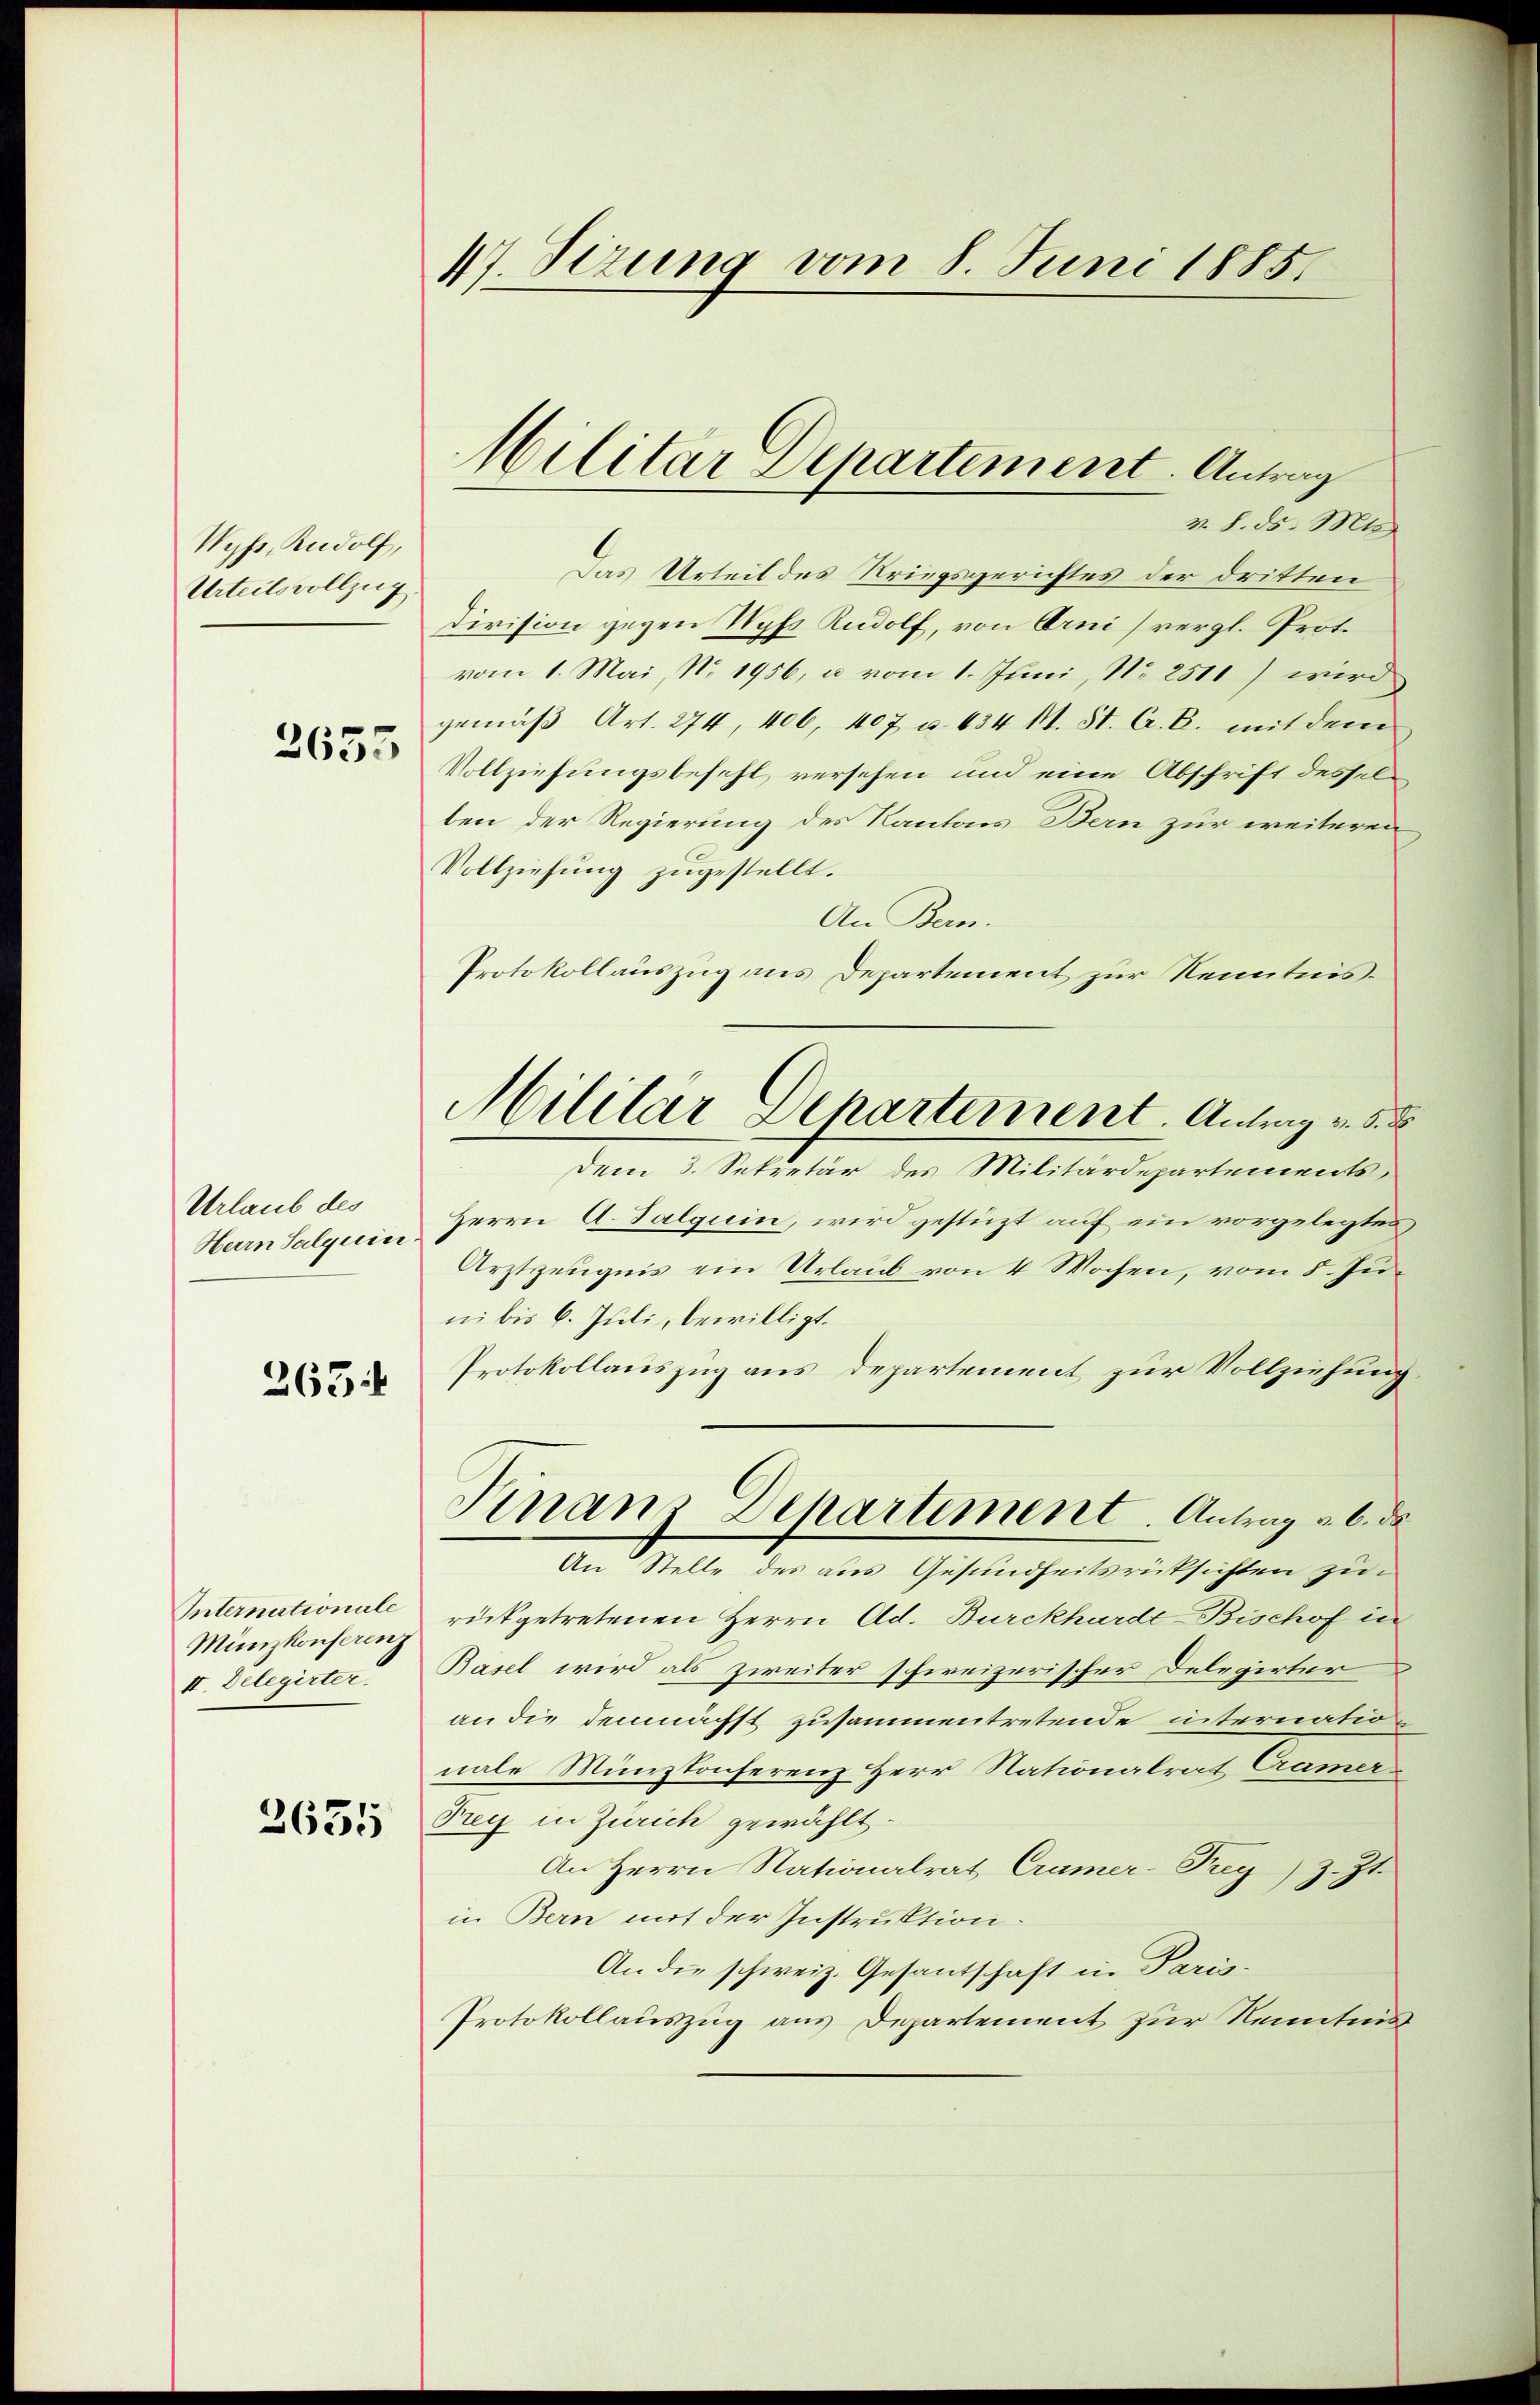
Myp, Rudolf,
Urteilsvollzug

3655

Urlaub des
Herrn Salquin

263 f

Internationale
Münzkonferenz
II. Delegirter.

3635

47. Sezung vom 8. Juni 1885

v. 8. ds. Mts.
Das Urteil des Kriegsgerichtes der dritten
Division gegen Nyfs Rudolf, von Arni vergl. Prot.
vom 1. Mai Nr. 1956, u vom 1. Juni, No 2511) wird
gemäβ Art. 274, 406, 407 u. 634 1. St. A. B. mit dem
Vollziehungsbefehl, versehen und eine Abschrift desselten der Regierung des Kantons Bern zur weiteren
Vollziehung zugestellt.
An Bern.
Protokollauszug aus Departement zur Kenntnisdem 3. Sekretär des Militärdepartements,
Herrn A. Talquin, wird gestüzt auf ein vorgelegtes,
Arztzeugnis ein Urlaub von 4 Wochen, vom 5. Juni bis 6. Juli, bewilligt.
Protokollauszug aus Departement, zur Vollziehung
Finanz Departement. Antrag v. 6. de
An Stelle des aus Gesundheitsrücksichten zu
rückgetretenen Herrn Ad. Burckhardt-Bischof in
Basel wird als zweiter schweizerischer Delegirter
an die demnächst zusammentretende internationale Münztonferenz Herr Nationalrat Cramer
Prey in Zürich gewählt.
An Herrn Nationalrat Cramer-Prey) z. Zt.
in Bern mit der Instruktion
An die schweiz. Gesantschaft in Paris-
Protokollauszug aus Departement zur Kenntnis

Militar Departement. Antrag

Militar Departement. Antrag v. 5